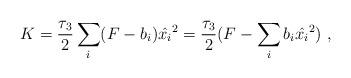
LaTeX: \begin{align*}K = {\tau_3 \over 2} \sum_i (F-b_i) \hat{x_i}^2 = {\tau_3 \over 2}(F - \sum_i b_i \hat{x_i}^2)\ ,\end{align*}